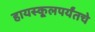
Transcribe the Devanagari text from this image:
हायस्कूलपर्यंतचे